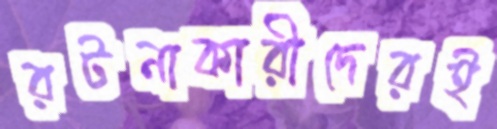
রটনাকারীদেরই